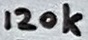
Text: 120k